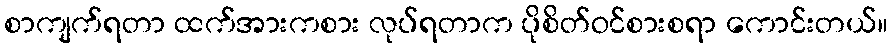
စာကျက်ရတာ ထက်အားကစား လုပ်ရတာက ပိုစိတ်ဝင်စားစရာ ကောင်းတယ်။